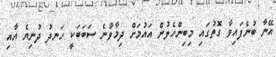
އޭނާ ބުނެފައިވާ ގޮތުގައި މިބިންހެލުން އައުމަށް ދިމާވާނެ ސަބަބަކީ ހަނދު ދުނިޔެ އާއި